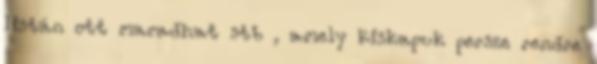
listán ott maradhat stb , amely kiskapuk persze rendre